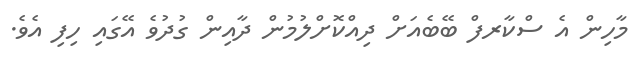
މާހިން އެ ސްކާރފް ބޭބެއަށް ދިއްކޮށްލުމުން ދާއިން ގުދުވެ އޭގައި ހިފި އެވެ.